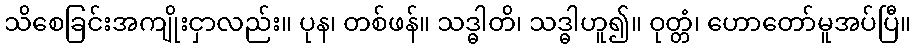
သိစေခြင်းအကျိုးငှာလည်း။ ပုန၊ တစ်ဖန်။ သဒ္ဓါတိ၊ သဒ္ဓါဟူ၍။ ဝုတ္တံ၊ ဟောတော်မူအပ်ပြီ။